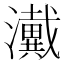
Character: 瀻